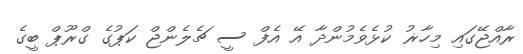
ރާއްޖޭގައި މިހާޜު ކުޅެވެމުންދާ އޭ އެފް ސީ ޗެލެންޖް ކަޕުގެ ގްރޫޕް ބީގެ